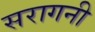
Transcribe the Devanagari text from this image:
सरागनी